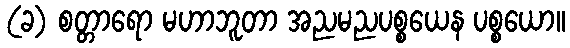
(ခ) စတ္တာရော မဟာဘူတာ အညမညပစ္စယေန ပစ္စယော။